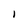
Character: i